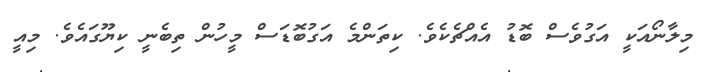
މިލާނޯއަކީ އަގުވެސް ބޮޑު އެއްޗެކެވެ. ކިތަންމެ އަގުބޮޑަސް މީހުން ތިބެނީ ކިޔޫގައެވެ. މިއީ